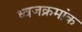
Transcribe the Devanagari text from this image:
ध्वजक्रमांक